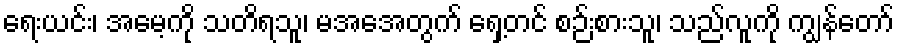
ရေးယင်း၊ အမေ့ကို သတိရသူ၊ မအေအတွက် ရှေ့တင် စဉ်းစားသူ၊ သည်လူကို ကျွန်တော်